system: You are a helpful assistant.
user:
Analyze the provided spectrum to determine if it is a **M-type Giant (gM)**.

A M-type Giant spectrum is defined by its **strong molecular absorption** features, particularly from **Titanium Oxide (TiO)**. You must check for one of the following mutually exclusive signatures:

- **Key Visual Indicators (Absorption-Dominated Spectrum):**

    - **(Primary):** The spectrum is dominated by strong molecular absorption from **Titanium Oxide (TiO)**. This is the **defining feature** of its M-type temperature class.
        - **(Key Bandheads):** Look for sharp, "saw-tooth" absorption valleys. The strongest are located near **~7050 Å**, **~6160 Å**, and **~5170 Å**.
        - **(Line Profile):** The "saw-tooth" morphology is critical: a **sharp, steep drop on the BLUE (short-wavelength) side** of the bandhead, followed by a gradual recovery (rising flux) towards the RED (long-wavelength) side.

    - **(Key Confirmation - Giant vs. Dwarf):** **ABSENCE** of strong **Calcium Hydride (CaH)** molecular bands. This is the primary diagnostic for *excluding* M-dwarfs.
        - **(Key Region):** The spectrum should lack the strong, broad absorption band seen in dwarfs between **~6800 Å and ~7000 Å**.

    - **(Secondary Confirmation - Giant):** A very strong and broad **Neutral Calcium (Ca I)** atomic absorption line.
        - **(Key Line):** Located at **~4226 Å**. In a giant (gM), this line is significantly deeper and broader than the same line in an M-dwarf (dM) due to low surface gravity.

    - **(Overall Spectrum):**
        - The continuum is **extremely red-sloping** (i.e., flux is very low in the blue and rises dramatically towards the red).
        - The entire spectrum appears "chopped up" by the deep TiO bands.

Think first, call **spectral_visualization_tool** if needed to examine features in detail, then provide your final answer. Your response must adhere to the following strict rules:
1.  **Overall Structure:** Your response must follow the format `<think>...</think> <tool_call>...</tool_call> (if a tool is used) <answer>...</answer>`.
2.  **Tool Usage Constraint:** You may only make **one** tool call per turn.
3.  **Final Answer Format:** In the `<answer>` tag, your conclusion must be inside a `\boxed{}` command (e.g., `\boxed{YES}` or `\boxed{NO}`), followed by your justification.

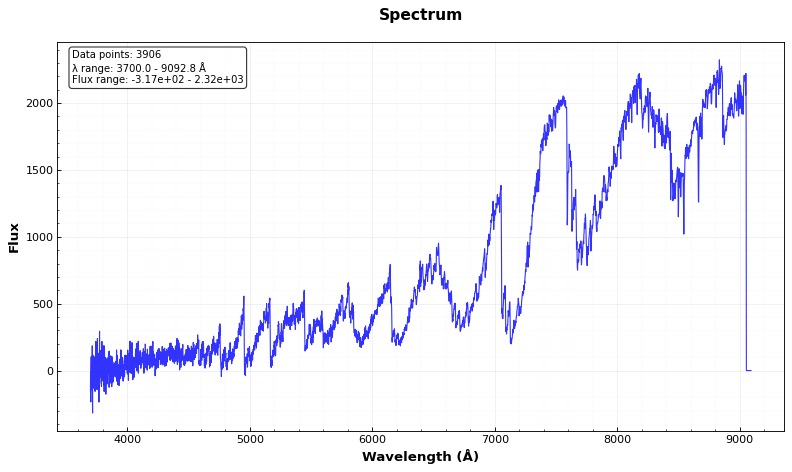
Answer: YES